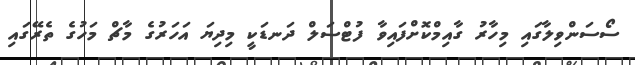
ސޯސަންވިލާގައި މިހާރު ގާއިމްކޮށްފައިވާ ފުޓްސަލް ދަނޑަކީ މިދިޔަ އަހަރުގެ މާޗް މަހުގެ ތެރޭގައި